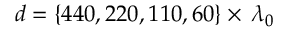
d = \{ 4 4 0 , 2 2 0 , 1 1 0 , 6 0 \} \times \, \lambda _ { 0 }